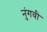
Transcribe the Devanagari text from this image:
नुंगवी